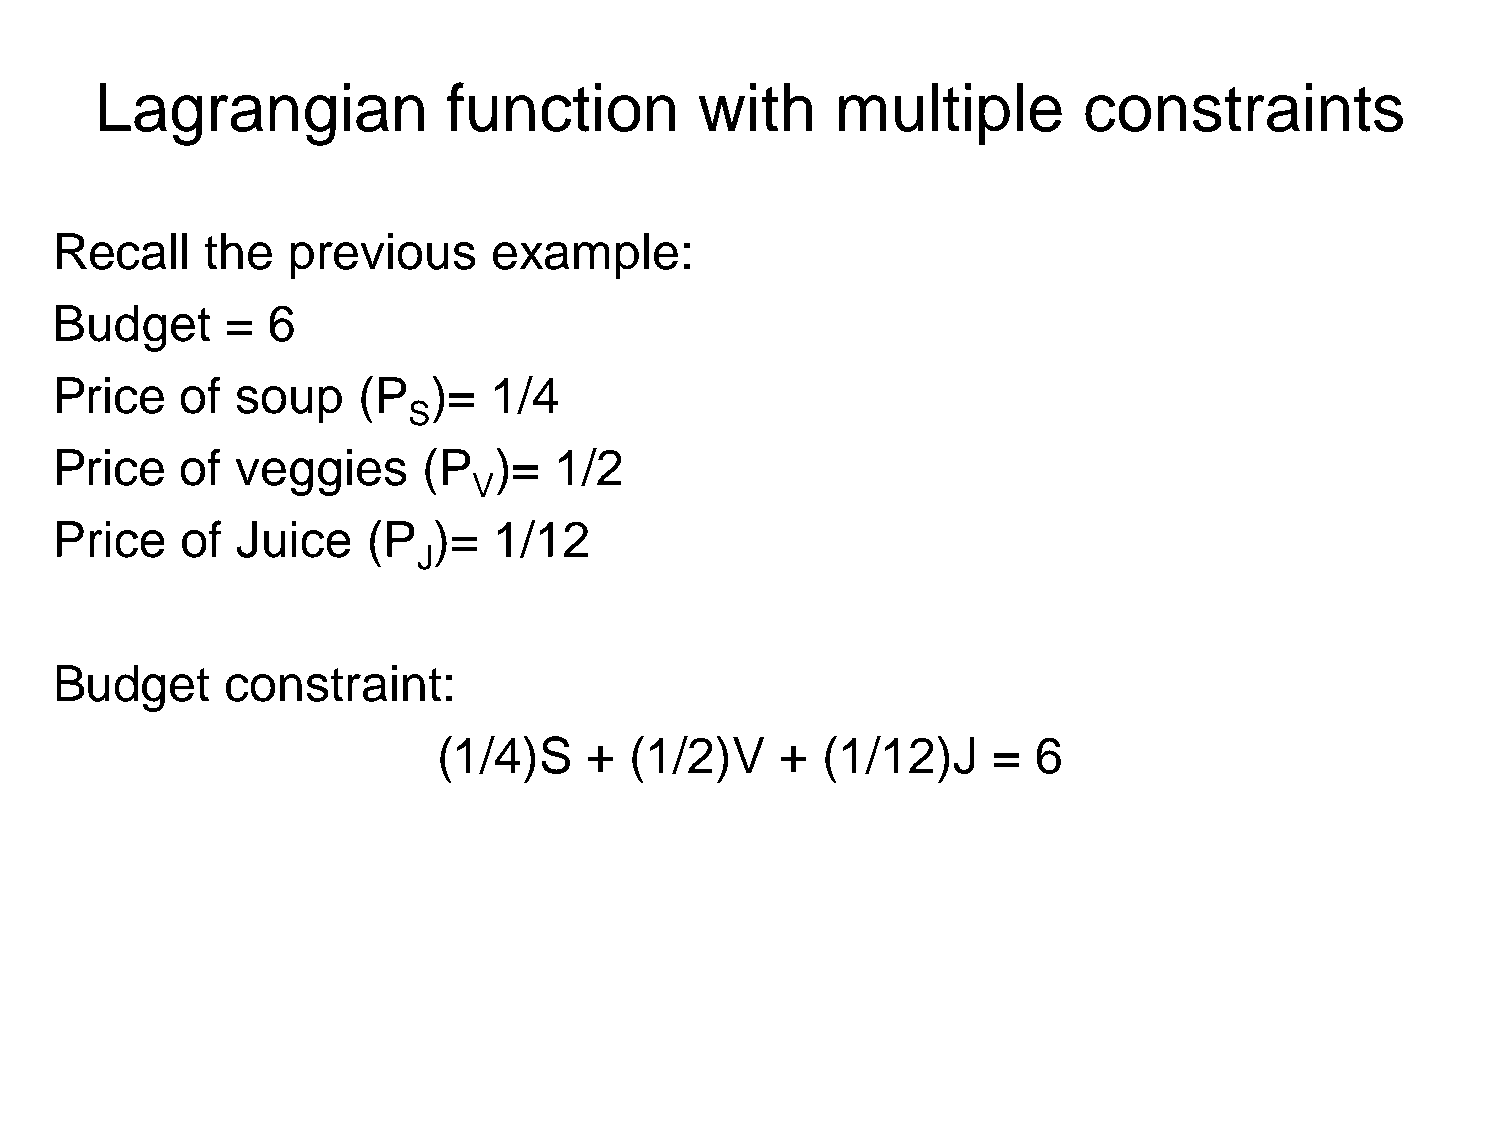
Lagrangian              function        with     multiple         constraints
 Recall     the  previous      example:
 Budget      =  6
 Price    of  soup    (P   )= 1/4
 S
 Price    of  veggies     (P   )=  1/2
 V
 Price    of  Juice   (P   )=  1/12
 J
 Budget      constraint:
 (1/4)S    +  (1/2)V    + (1/12)J     =  6